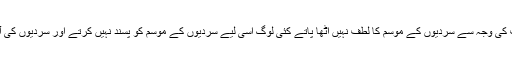
ان چھوٹی موٹی بیماریوں اور تکالیف کی وجہ سے سردیوں کے موسم کا لطف نہیں اٹھا پاتے کئی لوگ اسی لیے سردیوں کے موسم کو پسند نہیں کرتے اور سردیوں کی آمد کے ساتھ ہی پریشان ہوجاتے ہیں۔